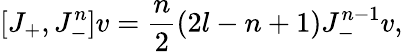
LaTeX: [J_{+},J_{-}^{n}]v={\frac{n}{2}}(2l-n+1)J_{-}^{n-1}v,